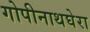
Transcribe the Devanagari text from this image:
गोपीनाथघेरा